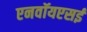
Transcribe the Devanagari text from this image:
एनवॉयएसई